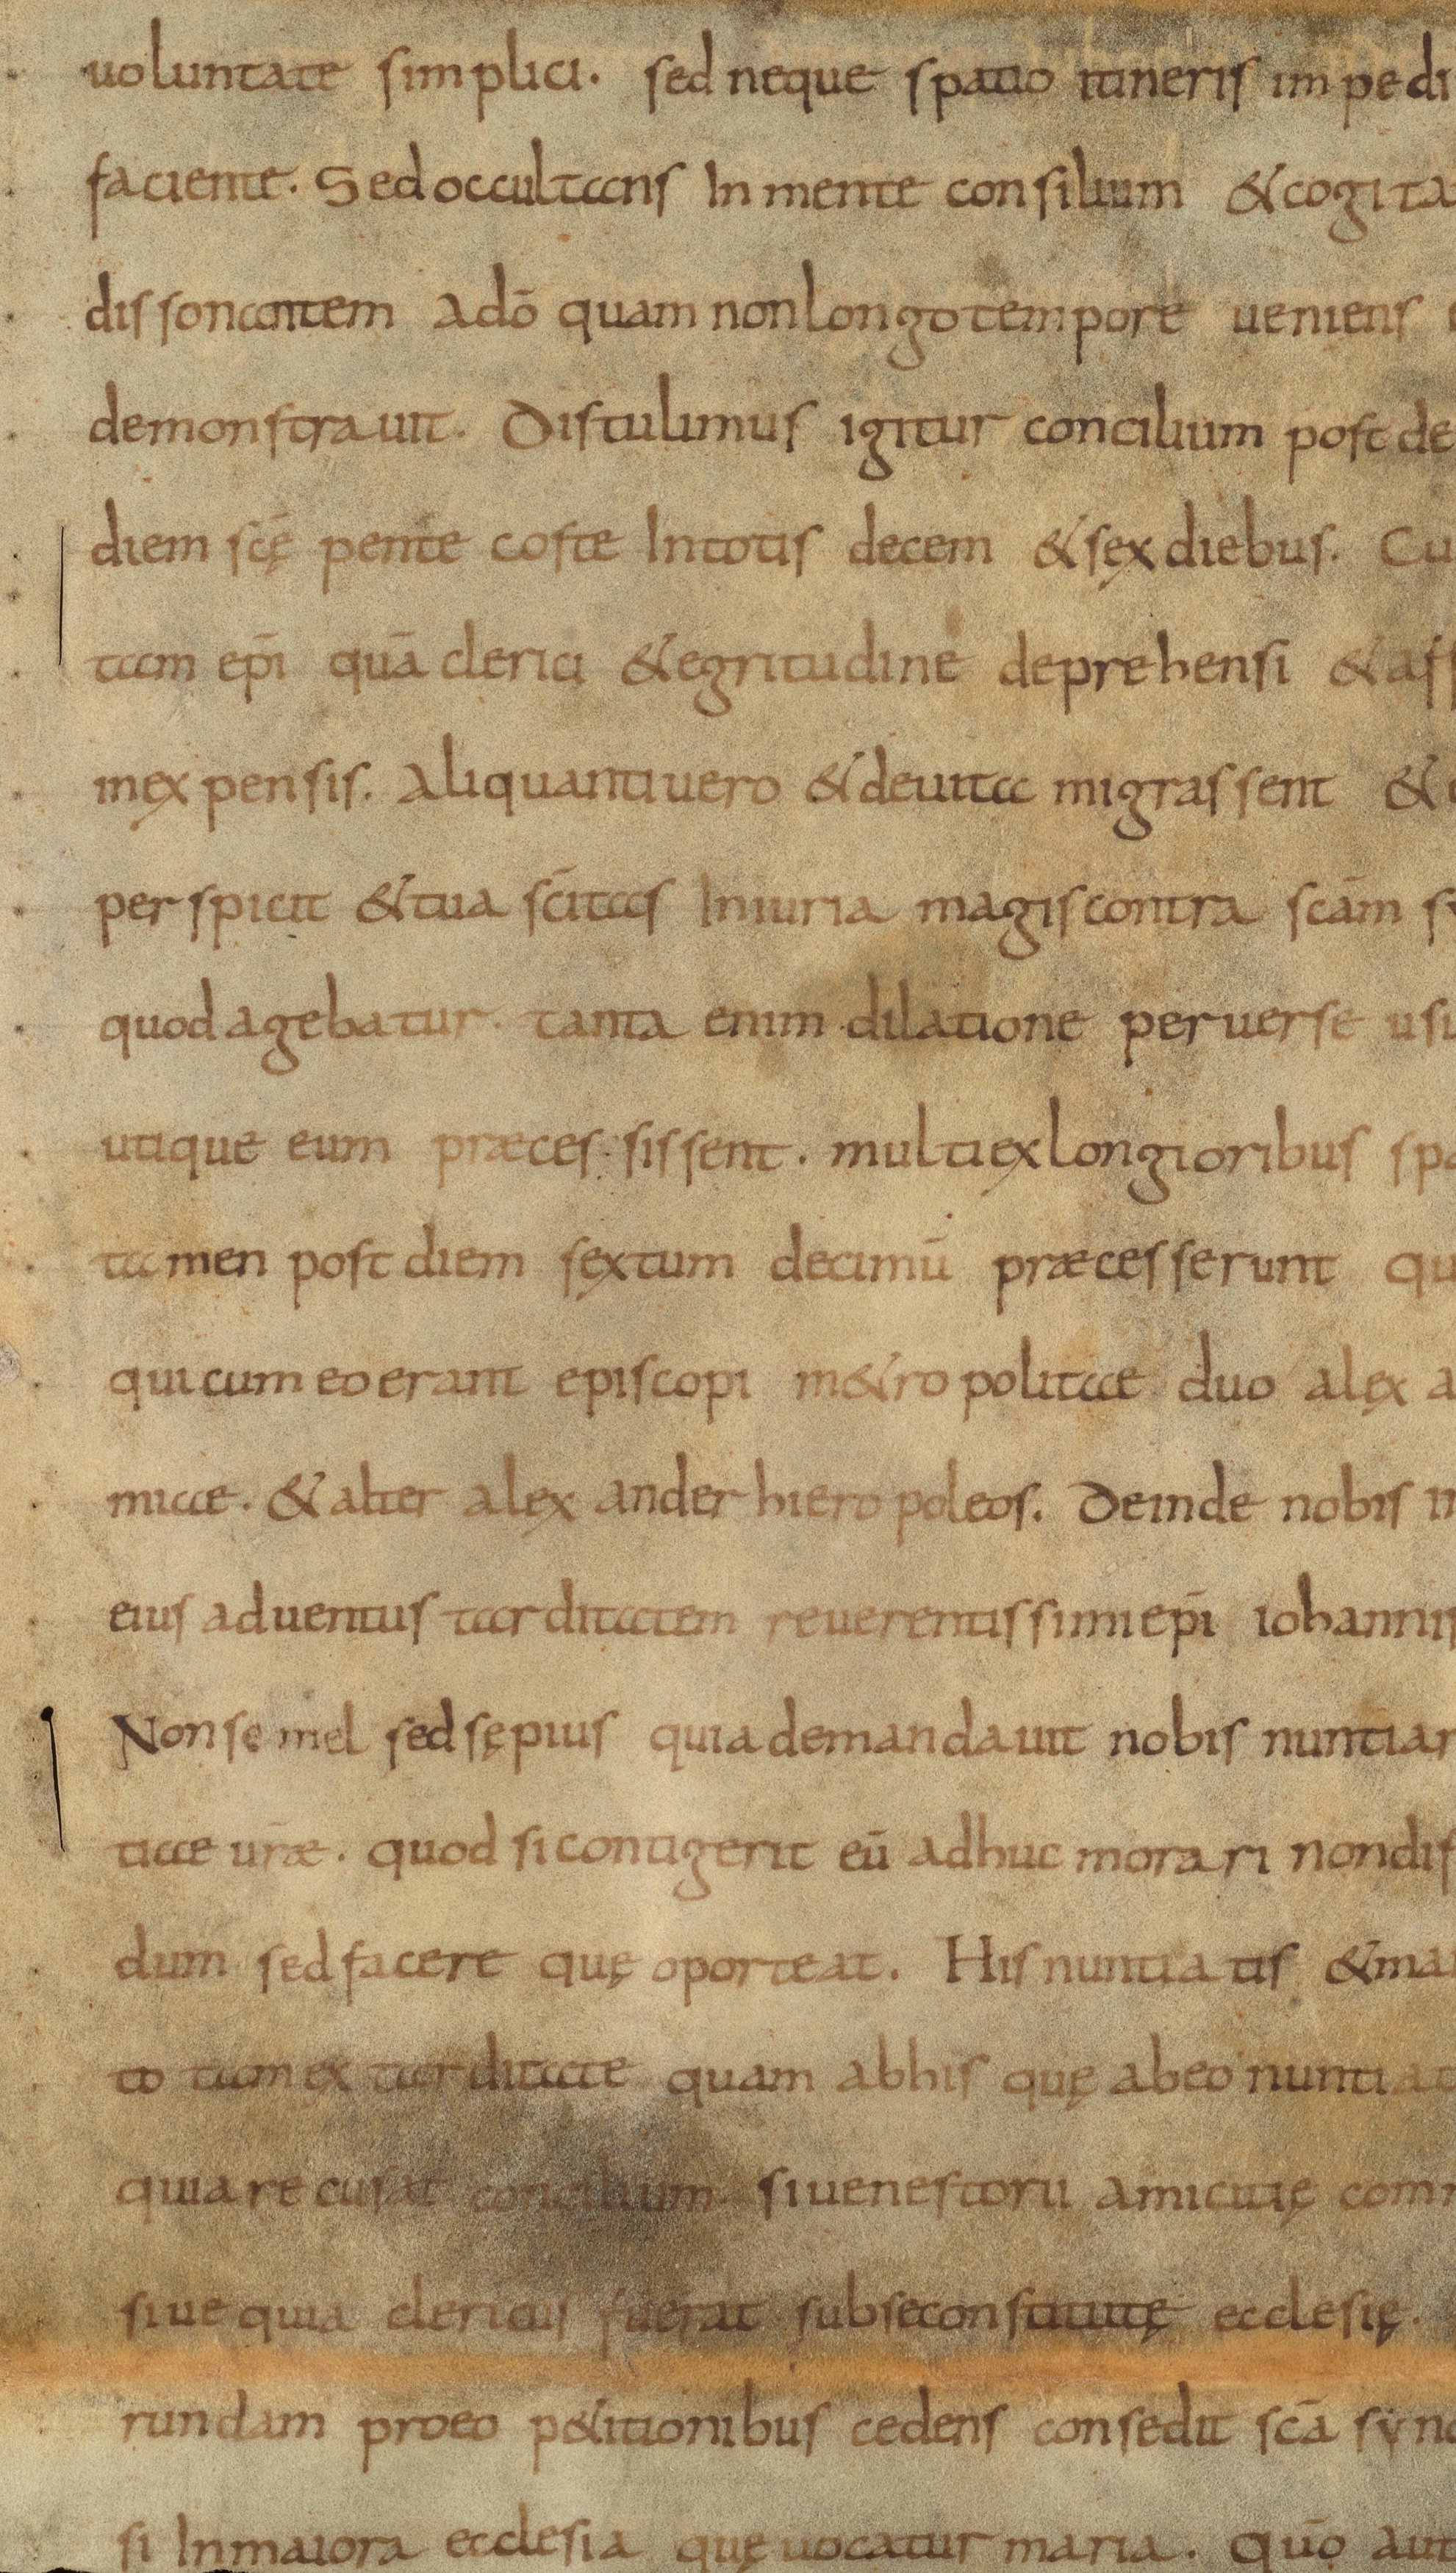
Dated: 834–865